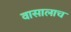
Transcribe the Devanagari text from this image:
वासालाच